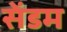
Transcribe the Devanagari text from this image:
सेंडम